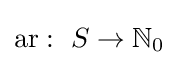
\operatorname {ar} :\ S\to \mathbb {N} _{0}